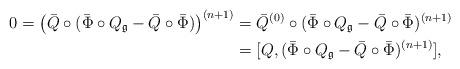
LaTeX: \begin{align*} 0=\left(\Bar{Q}\circ(\Bar\Phi\circ Q_\mathfrak{g} -\Bar{Q}\circ\Bar\Phi)\right)^{(n+1)}&=\Bar{Q}^{(0)}\circ(\Bar\Phi\circ Q_\mathfrak{g} -\Bar{Q}\circ\Bar\Phi)^{(n+1)}\\&=[Q,(\Bar\Phi\circ Q_\mathfrak{g} -\Bar{Q}\circ\Bar\Phi)^{(n+1)}],\end{align*}